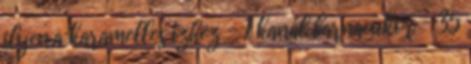
ilyen,a karamelles ízhez - 1 kanál barnacukor - 35